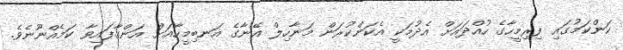
ކަންކަމުގައި ފިރިމީހާގެ ހުއްދައަށް އެދުމަކީ އެކަންކުރަން މަނާހިލް އޭނާގެ އަނބިމީހާއަށް އަންގާފައިވާ ކަމެއްނޫނެވެ.